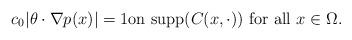
LaTeX: \begin{align*} c_0|\theta\cdot \nabla p(x)| =1\mbox{on supp}(C(x,\cdot)) \mbox{ for all } x\in\Omega.\end{align*}